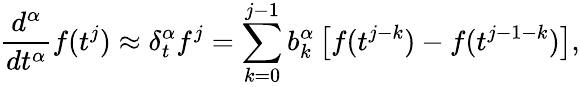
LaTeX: \frac{d^{\alpha}}{dt^{\alpha}}f(t^{j})\approx\delta_{t}^{\alpha}f^{j}=\sum_{k=0}^{j-1}b_{k}^{\alpha}\left[f(t^{j-k})-f(t^{j-1-k})\right],